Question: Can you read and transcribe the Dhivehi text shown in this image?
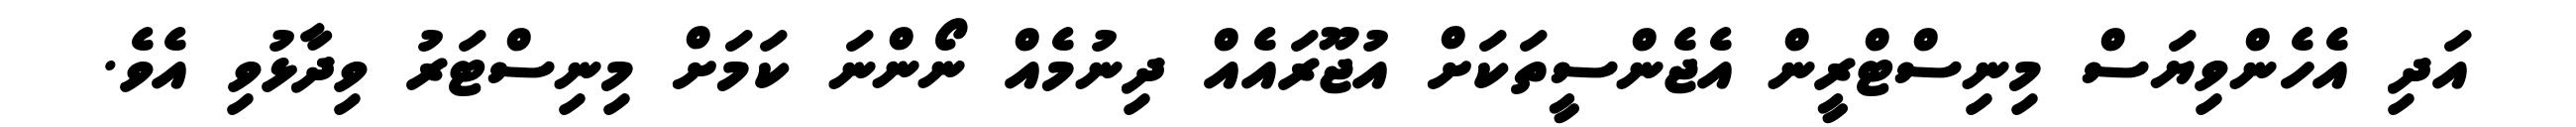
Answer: އަދި އެހެންވިޔަސް މިނިސްޓްރީން އެޖެންސީތަކަށް އުޖޫރައެއް ދިނުމެއް ނޯންނަ ކަމަށް މިނިސްޓަރު ވިދާޅުވި އެވެ.